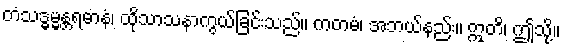
တံသဒ္ဓမ္မန္တရဓာနံ၊ ထိုသာသနာကွယ်ခြင်းသည်။ ကတမံ၊ အဘယ်နည်း။ ဣတိ၊ ဤသို့။